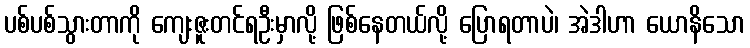
ပစ်ပစ်သွားတာကို ကျေးဇူးတင်ရဦးမှာလို့ ဖြစ်နေတယ်လို့ ပြောရတာပဲ၊ အဲဒါဟာ ယောနိသော